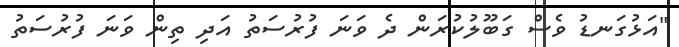
"އަޅުގަނޑު ވެސް ގަބޫލުކުރަން ދެ ވަނަ ފުރުސަތު އަދި ތިން ވަނަ ފުރުސަތު